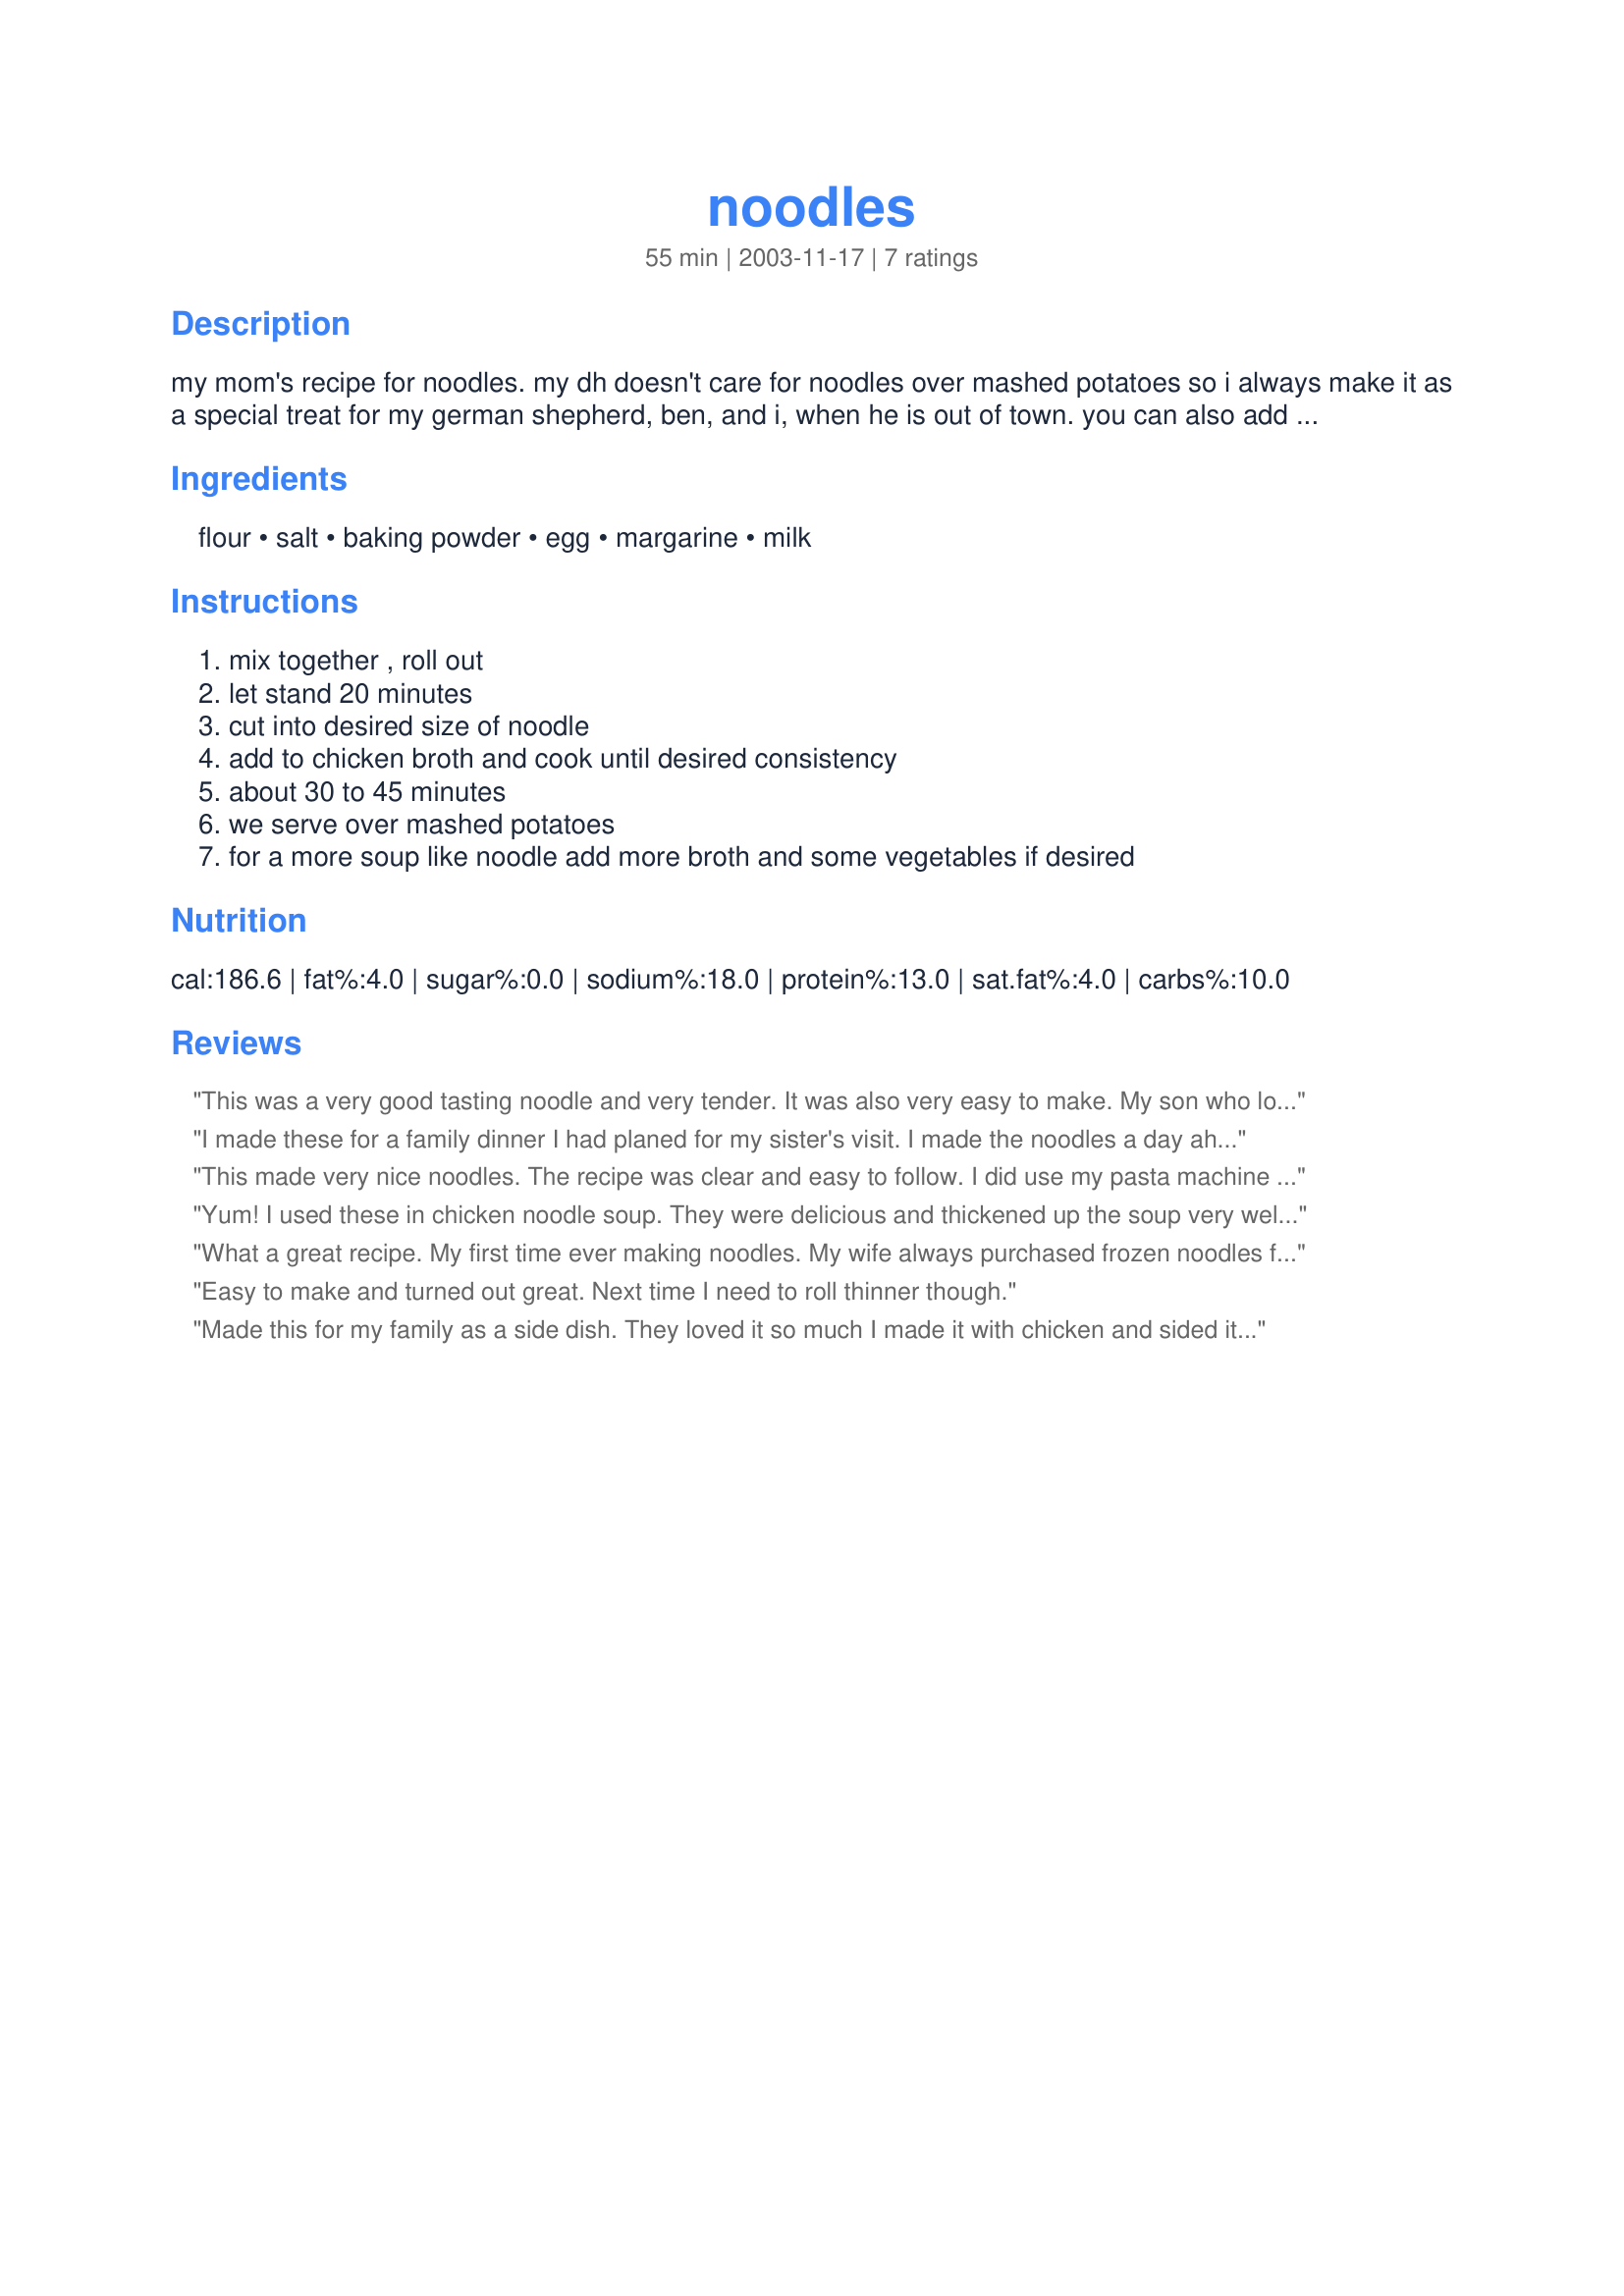
noodles
Preparation time: 55 minutes

my mom's recipe for noodles. my dh doesn't care for noodles over mashed potatoes so i always make it as a special treat for my german shepherd, ben, and i, when he is out of town. you can also add cooked, cubed chicken.

Ingredients:
flour, salt, baking powder, egg, margarine, milk

Steps:
mix together , roll out, let stand 20 minutes, cut into desired size of noodle, add to chicken broth and cook until desired consistency, about 30 to 45 minutes, we serve over mashed potatoes, for a more soup like noodle add more broth and some vegetables if desired

Reviews:
This was a very good tasting noodle and very tender. It was also very easy to make. My son who loves beef and noodles said I need to keep this reciepe and make it again.
I made these for a family dinner I had planed for my sister's visit. I made the noodles a day ahead and put them in the freezer to fix the next day. The recipe was exactly like my grandmas who had recently moved from Ohio to Hawaii. She really enjoyed cooking for us "Kids". After that dinner I had planned to call her and tell her that since she cant be here to make them for us then I guess I had to learn or tell her how bad I messed them up :) . I was unable to make that phone call because she had unexpectantly passed away that night. My Sister and I thought about canceling dinner but, decided not to. So we sat and cried as we ate and talked about how much we were going to miss her. For me this recipe was the ultimate comfort food. Thank you so much for Posting.
This made very nice noodles. The recipe was clear and easy to follow. I did use my pasta machine for the rolling and cutting, and added about 1 tablespoon flour to the original dough mix, as well as using flour for dusting the dough while rolling and cutting. Thank you very much for this quick and delicious recipe.
Yum! I used these in chicken noodle soup. They were delicious and thickened up the soup very well. I don't think I'll buy egg noodles again!
What a great recipe. My first time ever making noodles. My wife always purchased frozen noodles from the grocery store, but for the life of me, I can't see why. These noodles are so easy to make, and delicious. No fancy noodle making machines or mixer attachments required. I added some leftover turkey meat, salt and pepper, and voila, a great supper meal. And yes, definitely, served with mashed potatoes. Thanks a lot for this simple, wonderful recipe.
Easy to make and turned out great. Next time I need to roll thinner though.
Made this for my family as a side dish. They loved it so much I made it with chicken and sided it with mashed potatoes and corn on the cob...Wonderfull Recipe!!!!!
